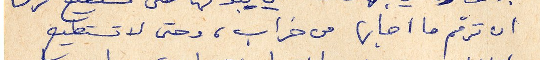
ان ترمم ما اصابها من خراب، وحتى لا تستطيع